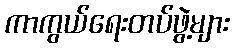
ကာကွယ်ရေးတပ်ဖွဲ့များ